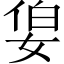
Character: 𪥷